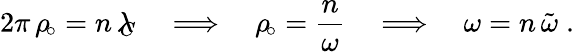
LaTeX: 2\pi\, \rho_{\! \circ}=n\, \lambda_{\! \! \! C}\quad\Longrightarrow\quad\rho_{\! \circ}=\frac{n}{\omega}\quad\Longrightarrow\quad\omega=n\, \tilde{\omega}\; .